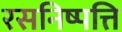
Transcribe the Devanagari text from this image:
रसनिष्पत्ति